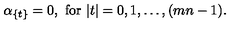
\alpha _ { \{ t \} } = 0 , \ \mathrm { f o r } \ | t | = 0 , 1 , \ldots , ( m n - 1 ) .